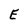
Character: E